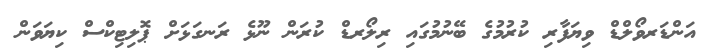
އަންޑަރވޯލްޑް ވިޔަފާރި ކުރުމުގެ ބޭނުމުގައި ރިލޯރޑް ކުރަން ނޫޅެ ރަނގަޅަށް ޕޮލިޓިކްސް ކިޔަވަން